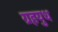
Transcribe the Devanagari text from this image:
ग्रहयुध